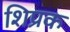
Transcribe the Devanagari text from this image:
शिप्रक